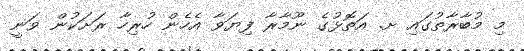
މި މުބާރާތުގައި ށ. އަތޮޅުގެ ނޫމާރާ ފިޔަވާ އެހެން ހުރިހާ ރަށަކުން ވަނީ